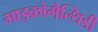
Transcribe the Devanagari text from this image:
माइक्रोमैल्थिडी